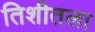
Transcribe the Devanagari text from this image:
तिशीतला